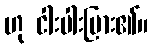
ဟု ငါးပါးပြား၏။